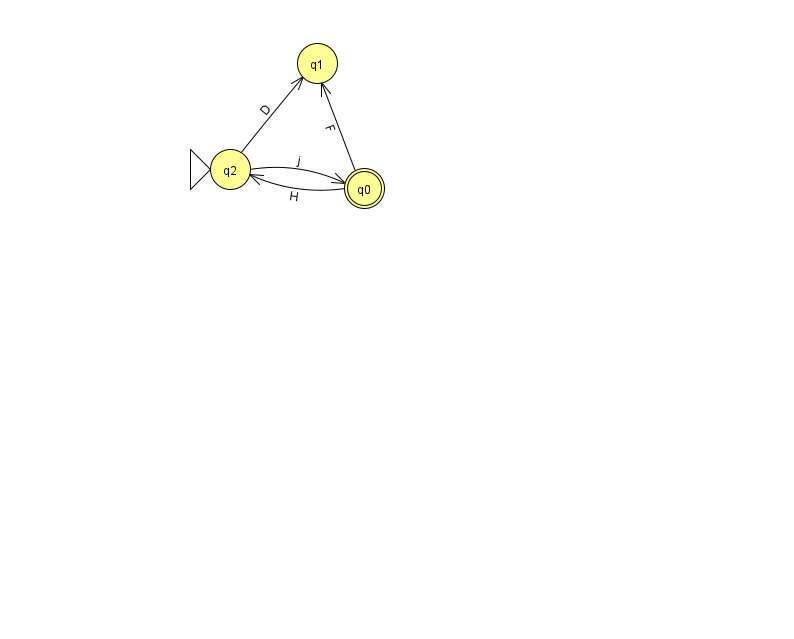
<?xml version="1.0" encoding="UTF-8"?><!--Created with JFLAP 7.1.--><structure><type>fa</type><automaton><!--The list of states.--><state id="0" name="q0"><x>364.0</x><y>175.0</y><final/></state><state id="1" name="q1"><x>317.0</x><y>50.0</y></state><state id="2" name="q2"><x>230.0</x><y>156.0</y><initial/></state><!--The list of transitions.--><transition><from>0</from><to>1</to><read>F</read></transition><transition><from>2</from><to>1</to><read>D</read></transition><transition><from>2</from><to>0</to><read>j</read></transition><transition><from>0</from><to>2</to><read>H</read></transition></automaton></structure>